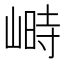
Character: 𡻄